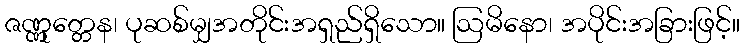
ဇဏ္ဏုတ္တေန၊ ပုဆစ်မျှအတိုင်းအရှည်ရှိသော။ ဩမိနော၊ အပိုင်းအခြားဖြင့်။